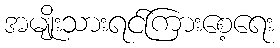
အမျိုးသားရင်ကြားစေ့ရေး